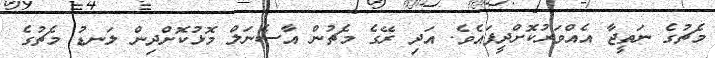
މެޗުގެ ނަތީޖާ އެއްވަރުކޮށްދީފައެވެ. އަދި ރޭގެ މެޗުން އާސެނަލް މޮޅުކޮށްދިން ލަނޑު މެޗުގެ